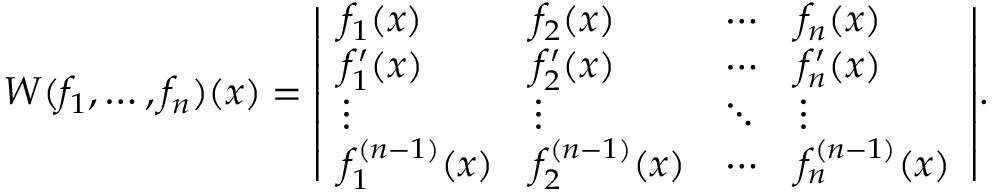
W ( f _ { 1 } , \ldots , f _ { n } ) ( x ) = { \left| \begin{array} { l l l l } { f _ { 1 } ( x ) } & { f _ { 2 } ( x ) } & { \cdots } & { f _ { n } ( x ) } \\ { f _ { 1 } ^ { \prime } ( x ) } & { f _ { 2 } ^ { \prime } ( x ) } & { \cdots } & { f _ { n } ^ { \prime } ( x ) } \\ { \vdots } & { \vdots } & { \ddots } & { \vdots } \\ { f _ { 1 } ^ { ( n - 1 ) } ( x ) } & { f _ { 2 } ^ { ( n - 1 ) } ( x ) } & { \cdots } & { f _ { n } ^ { ( n - 1 ) } ( x ) } \end{array} \right| } .